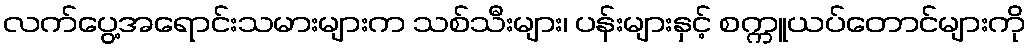
လက်ပွေ့အရောင်းသမားများက သစ်သီးများ၊ ပန်းများနှင့် စက္ကူယပ်တောင်များကို